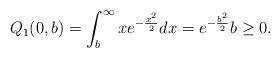
LaTeX: \begin{align*}Q_1(0,b)=\int_b^{\infty}xe^{-\frac{x^2}{2}}dx=e^{-\frac{b^2}{2}} b \geq 0.\end{align*}